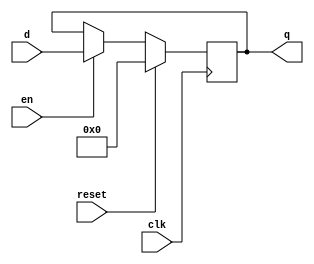
// This program was cloned from: https://github.com/abdelazeem201/Systolic-array-implementation-in-RTL-for-TPU
// License: MIT License

// --------------------------------------------------------------------
// >>>>>>>>>>>>>>>>>>>>>>>>> COPYRIGHT NOTICE <<<<<<<<<<<<<<<<<<<<<<<<<
// --------------------------------------------------------------------
// Github: https://github.com/abdelazeem201
// Description: D-FF module
// Dependencies: Trends in computing have led to a proliferation of neural Network applications. Unfortunately, todays general- purpose processors are not well suited for the class of computations these applications require, creating demand
// for a new class of processors : Tensor Processing Units (TPU). These hardware accelerators are designed with
// neural networks in mind, and allow host CPUs to offload computationally expensive tensor operations to them.
// We implement our own, low-power, scalable TPU intended for embedded and mobile applications, and evaluate its
// performance using a simulated fully connected neural Network layer.
// Since: 2021-03-27 17:18:43
// LastEditors: ahmed abdelazeem
//********************************************************************
// Module Function:
// Standard D flip-flop, transferring inputs of size DATA_WIDTH

// Inputs:
//
// clk -- clock signal
// reset -- when high, sets output to 0 on clock positive edge
// en -- enable latch
// d -- data input

// Outputs:
//
// q -- data output

module dff8(clk, reset, en, d, q);

    parameter DATA_WIDTH = 8;

    input clk;
    input reset;
    input en;
    input signed [DATA_WIDTH-1:0] d;
    output reg signed [DATA_WIDTH-1:0] q;

    always @(posedge clk) begin

        if (reset) begin
            q <= 0;
        end  // if (reset == 1'b1)

        else if (en) begin
            q <= d;
        end  // else if (en)

        else begin  // expecting this to get synthesized away (remove otherwise)
            q <= q;
        end  // else

    end  // always @(posedge clk)

endmodule  // dff8